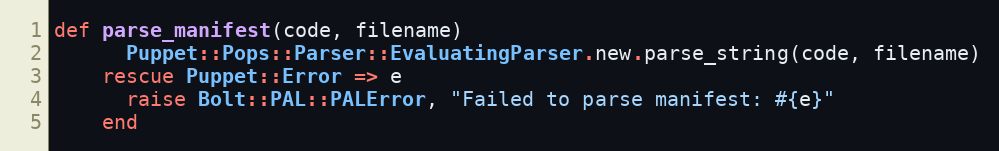
Language: Ruby
def parse_manifest(code, filename)
      Puppet::Pops::Parser::EvaluatingParser.new.parse_string(code, filename)
    rescue Puppet::Error => e
      raise Bolt::PAL::PALError, "Failed to parse manifest: #{e}"
    end